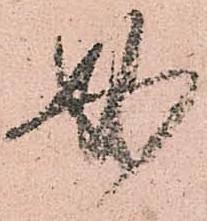
必